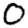
Digit: 0